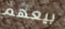
بيعهم